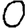
Digit: 0